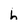
Character: h